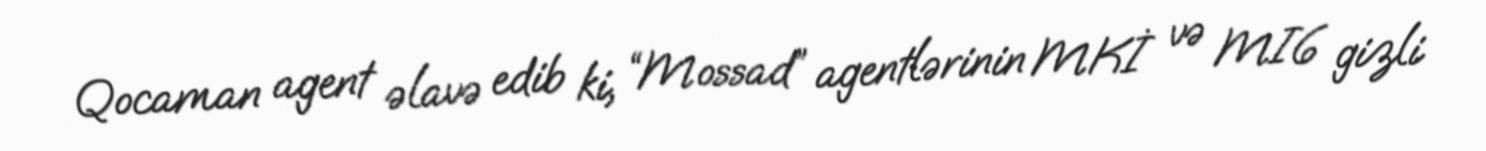
Qocaman agent əlavə edib ki, “Mossad” agentlərinin MKİ və MI6 gizli